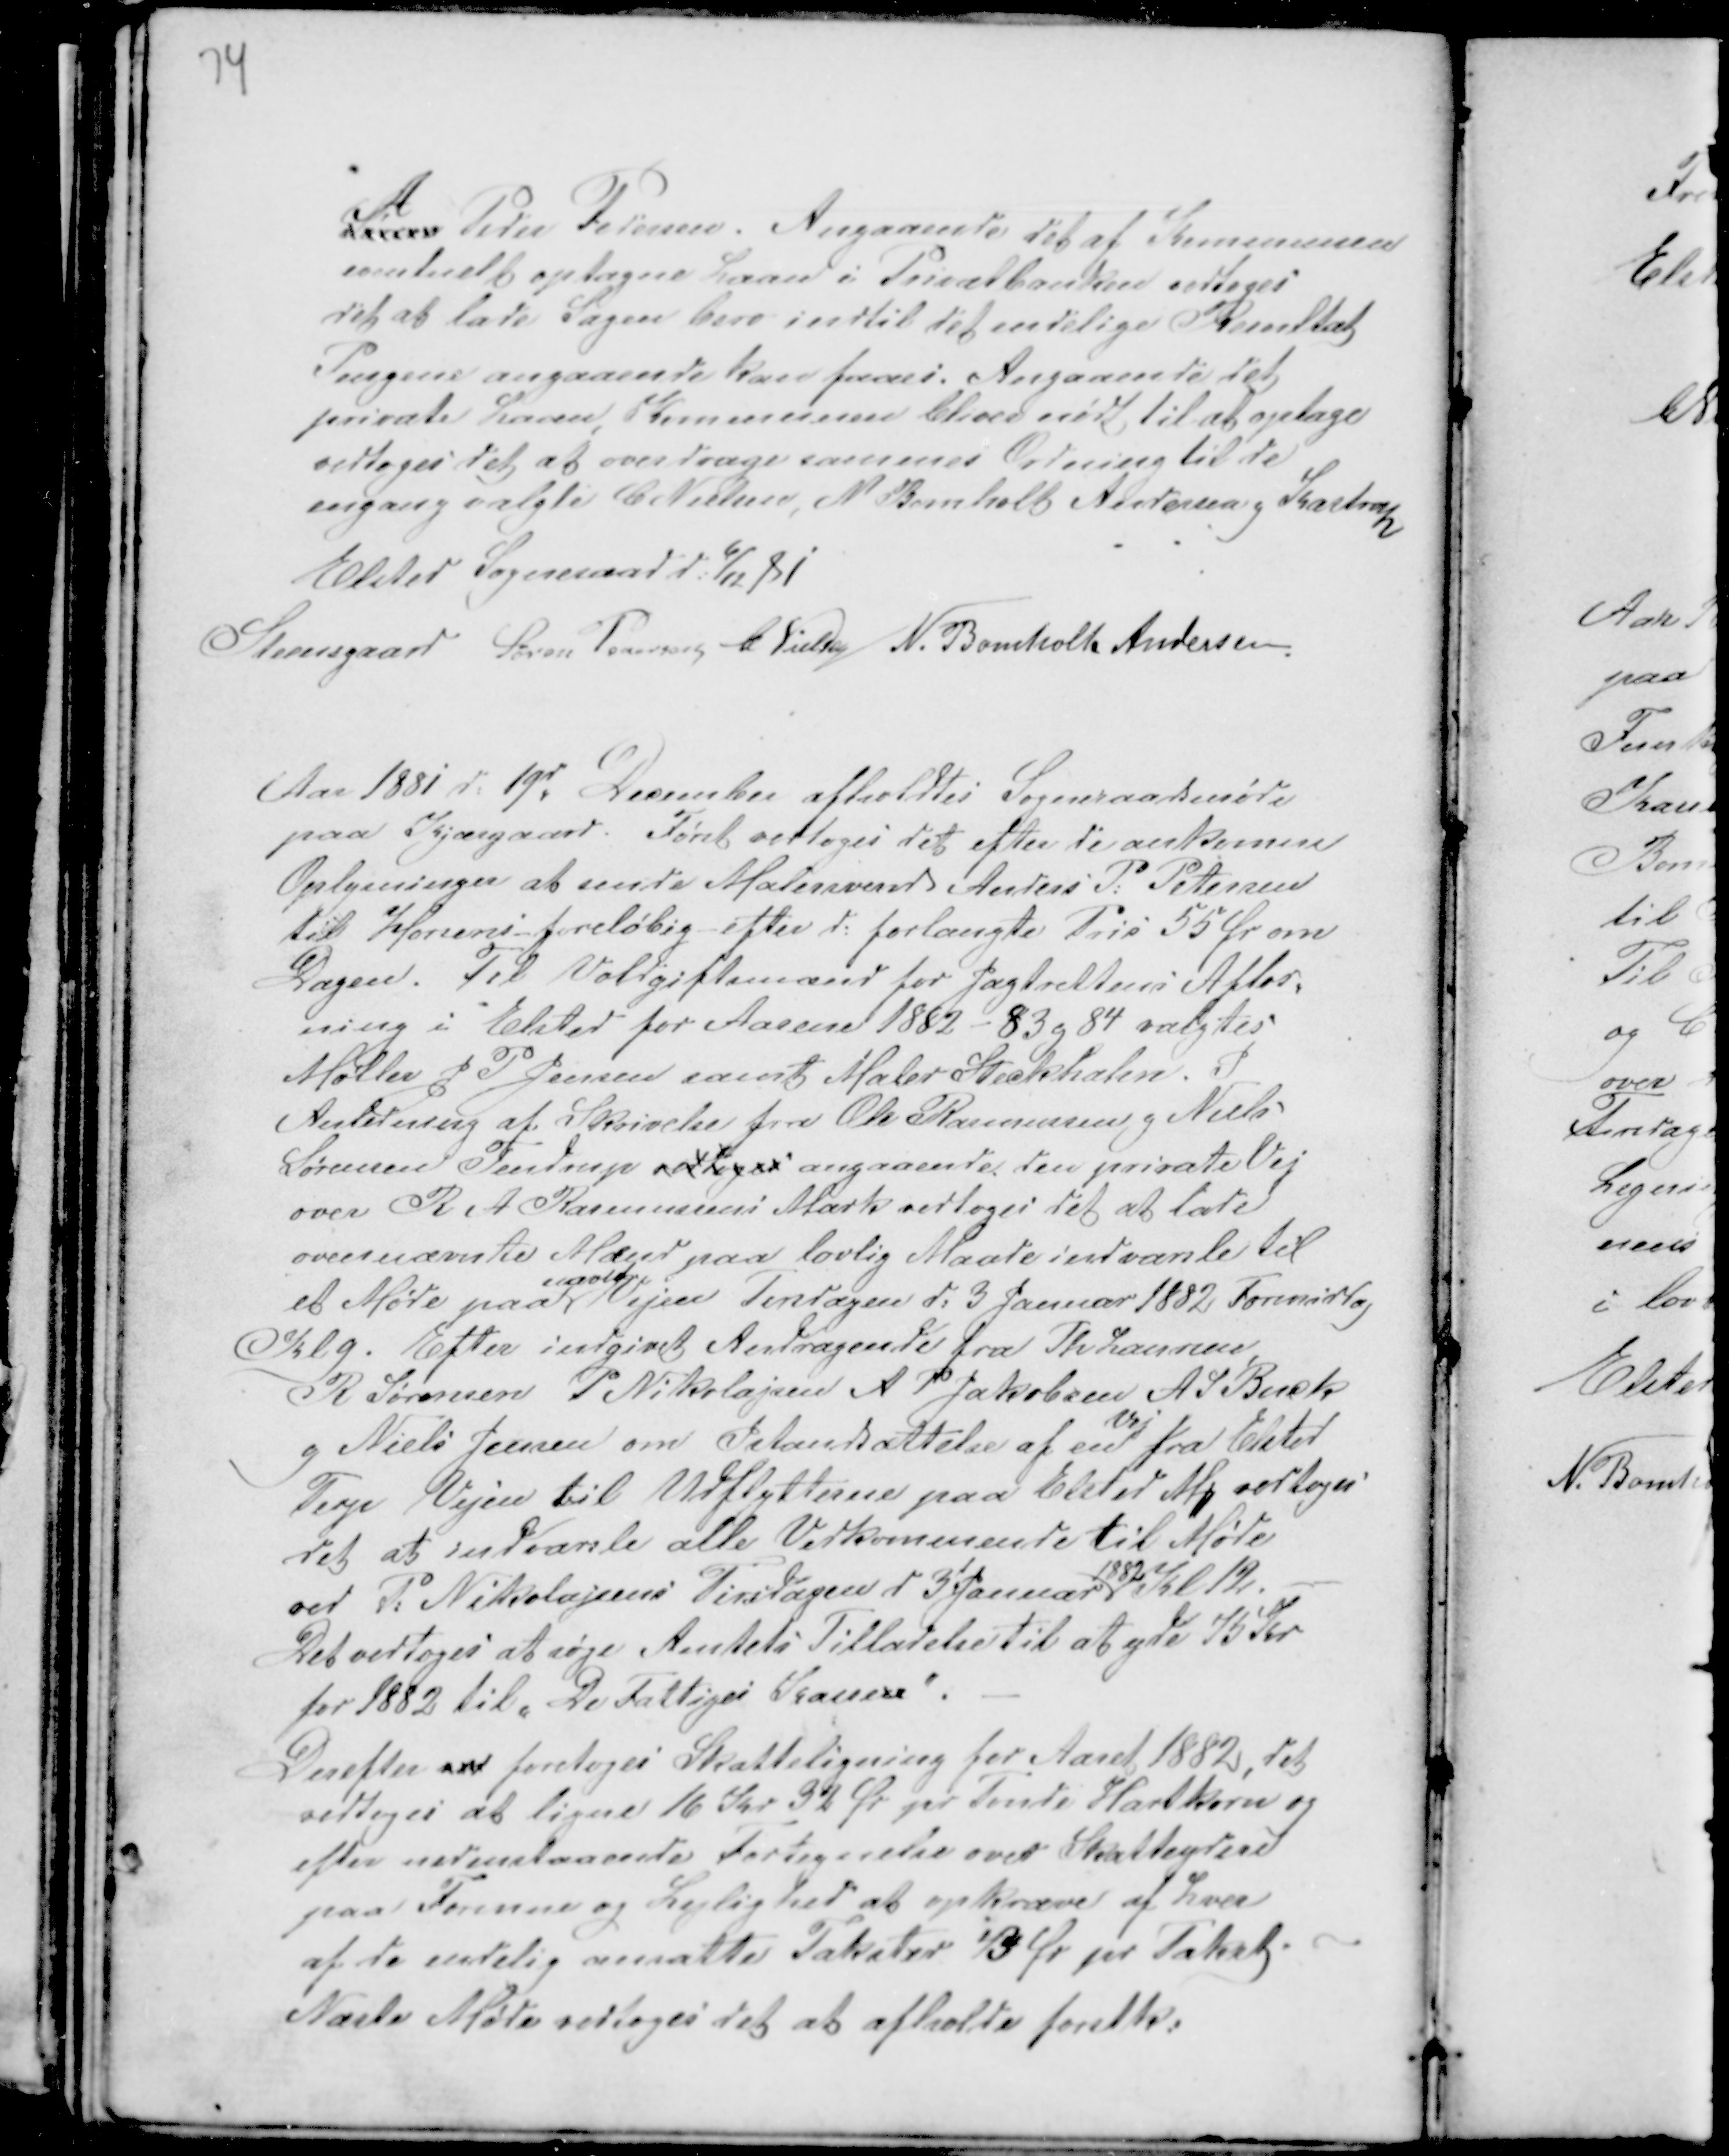
Transskription:
A
Søren Peder Pedersen. Angaaende det af Kommunen
eventuelt optagne Laan i Privatbanken vedtoges
det at lade Sagen bero indtil det endelige Resultat
Pengene angaaende kan fades Angaaende det
private Laan, Kommunen bliver nødt til at optage
vedtoges det at overdrage sammes Ordning til de
engang valgte C Nielsen, N Bomholt Andersen g Kastrup
Elsted Sogneraad d: 6/12 81
Steensgaard Søren Pedersen C Nielsen N. Bomholt Andersen.

Aar 1881 d: 19d December afholdtes Sogneraadsmøde
paa Kjærgaard. Først vedtoges det efter de ankomne
Oplysninger at sende Malersvend Anders P: Petersen
til Horsens foreløbig efter d: forlangte Pris 55 Ør om
Dagen. Til Voldgiftsmænd for Jagtrettens Afløs-
ning i Elsted for Aarene 1882 - 83 g 84 valgtes
Møller J P Jensen samt Maler Steckhahn. I
Anledning af Skrivelse fra Ole Rasmussen g Niels
Sørensen Tendrup vedtoges angaaende den Private Vej
over R A Rasmussens Mark vedtoges det at lade
ovennævnte Mænd paa lovlig Maade indvarsle til
et Møde paa
nævnte
ejere Tirsdagen d: 3 Januar 1882 Formiddag
Kl 9. Efter indgivet Andragende fra Th Laursen
R Sørensen P Nikolajsen A P Jakobsen A S Buck
g Niels Jensen om Istandsættelse af en
Vej
fra Elsted
Terp Vejen til Udflytterne paa Elsted M vedtoges
det at indvarsle alle Vedkommende til Møde
ved P: Nikolajsens Tirsdagen d 3 Januar
1882
Kl 12.
Det vedtoges at søge Amtets Tilladelse til at yde 75 Kr
for 1882 til " De Fattiges Kassen " .
Derefter ved foretoges Skatteligning for Aaret 1882, det
vedtoges at ligne 16 Kr 32 Ør pr Tønde Hartkorn og
efter nedenstaaende Fortegnelse over Skatteydere
paa Formue og Lejlighed at opkræve af hver
af de endelig ansatte Takster 43 Ør pr Takst.
Næste møde vedtoges det at afholde førstk :